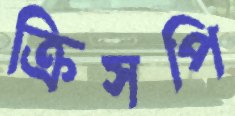
ক্রিসপি